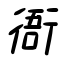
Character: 衙